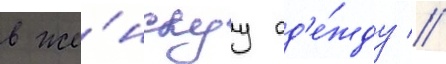
в же́нскуу од'е́жду //